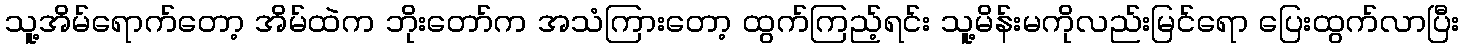
သူ့အိမ်ရောက်တော့ အိမ်ထဲက ဘိုးတော်က အသံကြားတော့ ထွက်ကြည့်ရင်း သူ့မိန်းမကိုလည်းမြင်ရော ပြေးထွက်လာပြီး